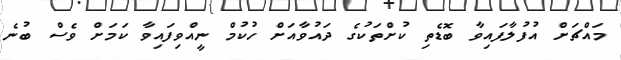
މައްޗަށް އުފުލާފައިވާ ބޮޑެތި ކުށްތަކުގެ ދައުވާއަށް ހުކުމް ނީއްވިފައިވާ ކަމަށް ވެސް ބުނެ